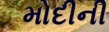
મોદીની